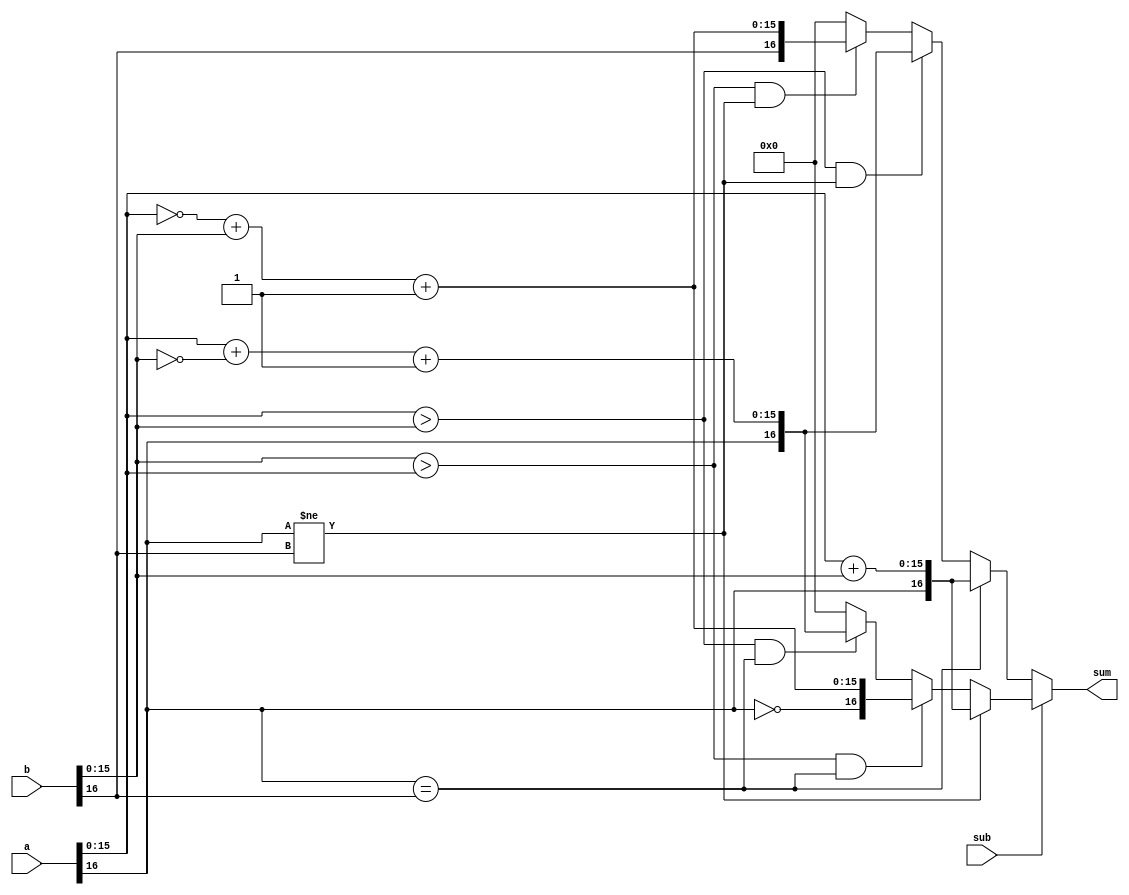
// Fixed Adder

module fixed_adder2 (a, b, sub, sum);
	
	parameter numwidth = 16;
	input [numwidth:0] a, b;
	input sub;
	output [numwidth:0] sum;

	wire sub;
	wire [numwidth:0] a, b;
	wire [numwidth:0] sum;

	assign sum = sub ? ((a[numwidth] != b[numwidth]) ? 
							{a[numwidth], a[numwidth-1:0] + b[numwidth-1:0]} : 
							(((b[numwidth-1:0] > a[numwidth-1:0]) && (a[numwidth] == b[numwidth])) ? 
								{~a[numwidth], ~a[numwidth-1:0] + b[numwidth-1:0] + 1'b1} : 
							(((a[numwidth-1:0] > b[numwidth-1:0]) && (a[numwidth] == b[numwidth])) ? 
								{a[numwidth], a[numwidth-1:0] + ~b[numwidth-1:0] + 1'b1} : 
								0))) : 
						
						(((a[numwidth] == b[numwidth])) ? 
							{a[numwidth], a[numwidth-1:0] + b[numwidth-1:0]} : 
							(((a[numwidth-1:0] > b[numwidth-1:0]) && (a[numwidth] != b[numwidth])) ? 
								{a[numwidth], a[numwidth-1:0] + ~b[numwidth-1:0] + 1'b1} : 
								(((b[numwidth-1:0] > a[numwidth-1:0]) && (a[numwidth] != b[numwidth])) ? 
									{b[numwidth], ~a[numwidth-1:0] + b[numwidth-1:0] + 1'b1} : 
									0)));

endmodule